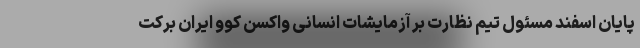
پایان اسفند مسئول تیم نظارت بر آزمایشات انسانی واکسن کوو ایران برکت